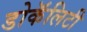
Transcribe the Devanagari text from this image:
डोकॅलिटी